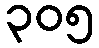
၃၀၅